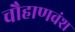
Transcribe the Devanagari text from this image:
चौहाणवंश